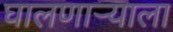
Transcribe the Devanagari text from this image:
घालणार्‍याला